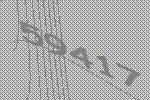
59417